Medical and sanitary report of the native army of Madras for the year
Year: 1876
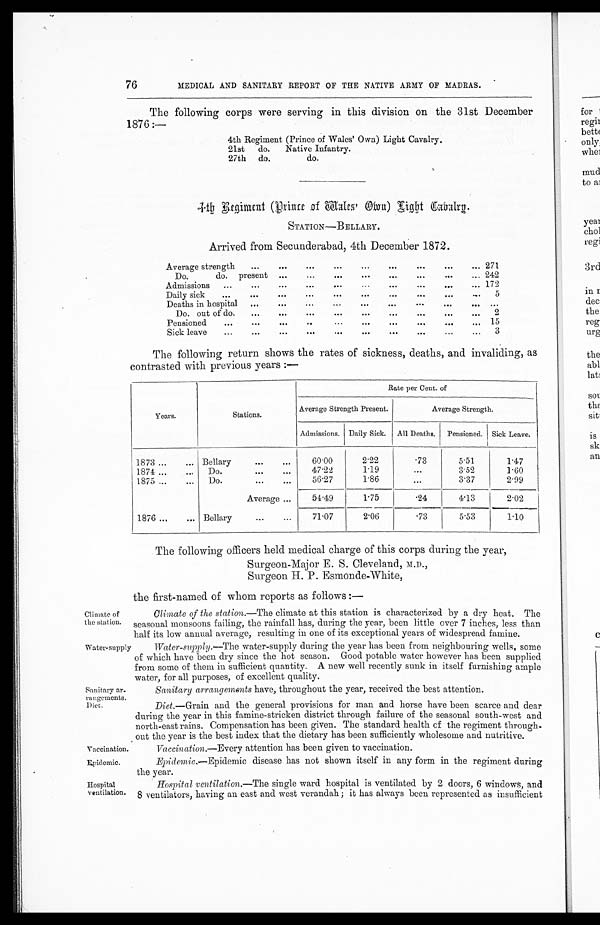
Climate of
the station.
Water-supply
Vaccination.
Epidemic.
Hospital
ventilation.
76
MEDICAL AND SANITARY REPORT OF THE NATIVE ARMY OF MADRAS.
The following corps were serving in this division on the 31st December
1876:—
4th Regiment (Prince of Wales' Own) Light Cavalry.
21st do. Native Infantry.
27th do.
do.
4-th Regiment (Prince of Wales' Own) Light Cavalry.
STATION—BELLARY.
Arrived from Secunderabad, 4th December 1872.
Average strength
...
...
...
...
...
...
... 271
Do.
do. present ...
...
...
...
. . .
. . .
. .
. . . 242
Admissions
...
. . .
. . .
. . .
. . .
. . .
. . . 172
Daily sick
...
. . .
. . .
. . .
. . .
. . .
- . 5
Deaths in hospital ... .
.
. . . .
. . .
. . .
. . .
. . . . . .
. . .
Do. out of do....
...
...
...
...
...
...
...
2
Pensioned
...
. . .
. . .
. .
. . .
. . . . , , . 15
Sick leave
...
. .
. . . .
. . .
. . . .
. . .
. . .
. . . 3
The following return shows the rates of sickness, deaths, and invaliding, as
contrasted with previous years :—
Years.
Stations.
Rate per Cent. of
Average Strength Present.
Average Strength.
Admissions. Daily Sick. All Deaths. Pensioned. Sick Leave.
1873 ...
... Bellary
...
. . .
6 0 . 0 0
2.22
. 7 3 5.51
1.47
1874 ...
Do.
...
. . .
47.22
1.19
. . . 3.52
1.60
1875 ...
...
Do.
...
. . .
56.27
1.86
...
3.37
2.99
Average ...
54.49
1.75
. 2 4 4.13
2.02
1876..,
... Bellary
...
...
71.07
2.06
.73
5.53
1.10
The following officers held medical charge of this corps during the year,
Surgeon-Major E. S. Cleveland, M.D.,
Surgeon H. P. Esmonde-White,
the first-named of whom reports as follows :—
Climate of the station.—The climate at this station is characterized by a dry heat. The
seasonal monsoons failing, the rainfall has, during the year, been little over 7 inches, less than
half its low annual average, resulting in one of its exceptional years of widespread famine.
Water-supply.—The water-supply during the year has been from neighbouring wells, some
of which have been dry since the hot season. Good potable water however has been supplied
from some of them in sufficient quantity. A new well recently sunk in itself furnishing ample
water, for all purposes, of excellent quality.
Sanitary ar-
rangements.
Diet.
Sanitary arrangements have, throughout the year, received the best attention.
Diet .—Grain and the general provisions for man and horse have been scarce and dear
during the year in this famine-stricken district through failure of the seasonal south-west and
north-east rains. Compensation has been given. The standard health of the regiment through
- out the year is the best index that the dietary has been sufficiently wholesome and nutritive.
vaccination.—Every attention has been given to vaccination.
Epidemic.—Epidemic disease has not shown itself in any form in the regiment during
the year.
Hospital ventilation.—The single ward hospital is ventilated by 2 doors, 6 windows, and
8 ventilators, having an east and west verandah ; it has always been represented as insufficient